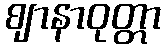
ဈာနာဝုတ္တာ